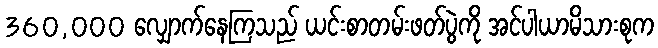
360,000 လျှောက်နေကြသည် ယင်းစာတမ်းဖတ်ပွဲကို အင်ပါယာမိသားစုက